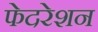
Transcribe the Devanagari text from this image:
फेदरेशन